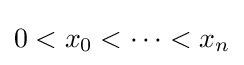
0<x_{0}<\dots <x_{n}